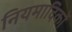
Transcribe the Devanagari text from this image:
नियमादिकों